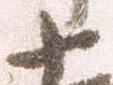
十